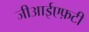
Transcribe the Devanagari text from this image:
जीआईएफ़टी